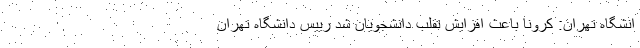
انشگاه تهران: کرونا باعث افزایش تقلب دانشجویان شد رییس دانشگاه تهران